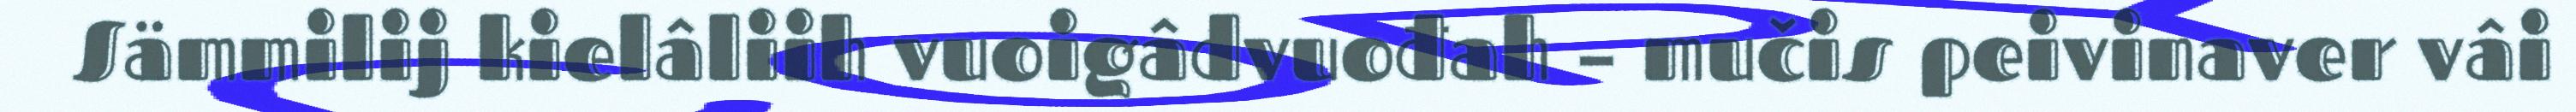
Sämmilij kielâliih vuoigâdvuođah – mučis peivinaver vâi